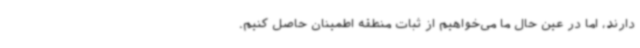
دارند، اما در عین حال ما می‌خواهیم از ثبات منطقه اطمینان حاصل کنیم.